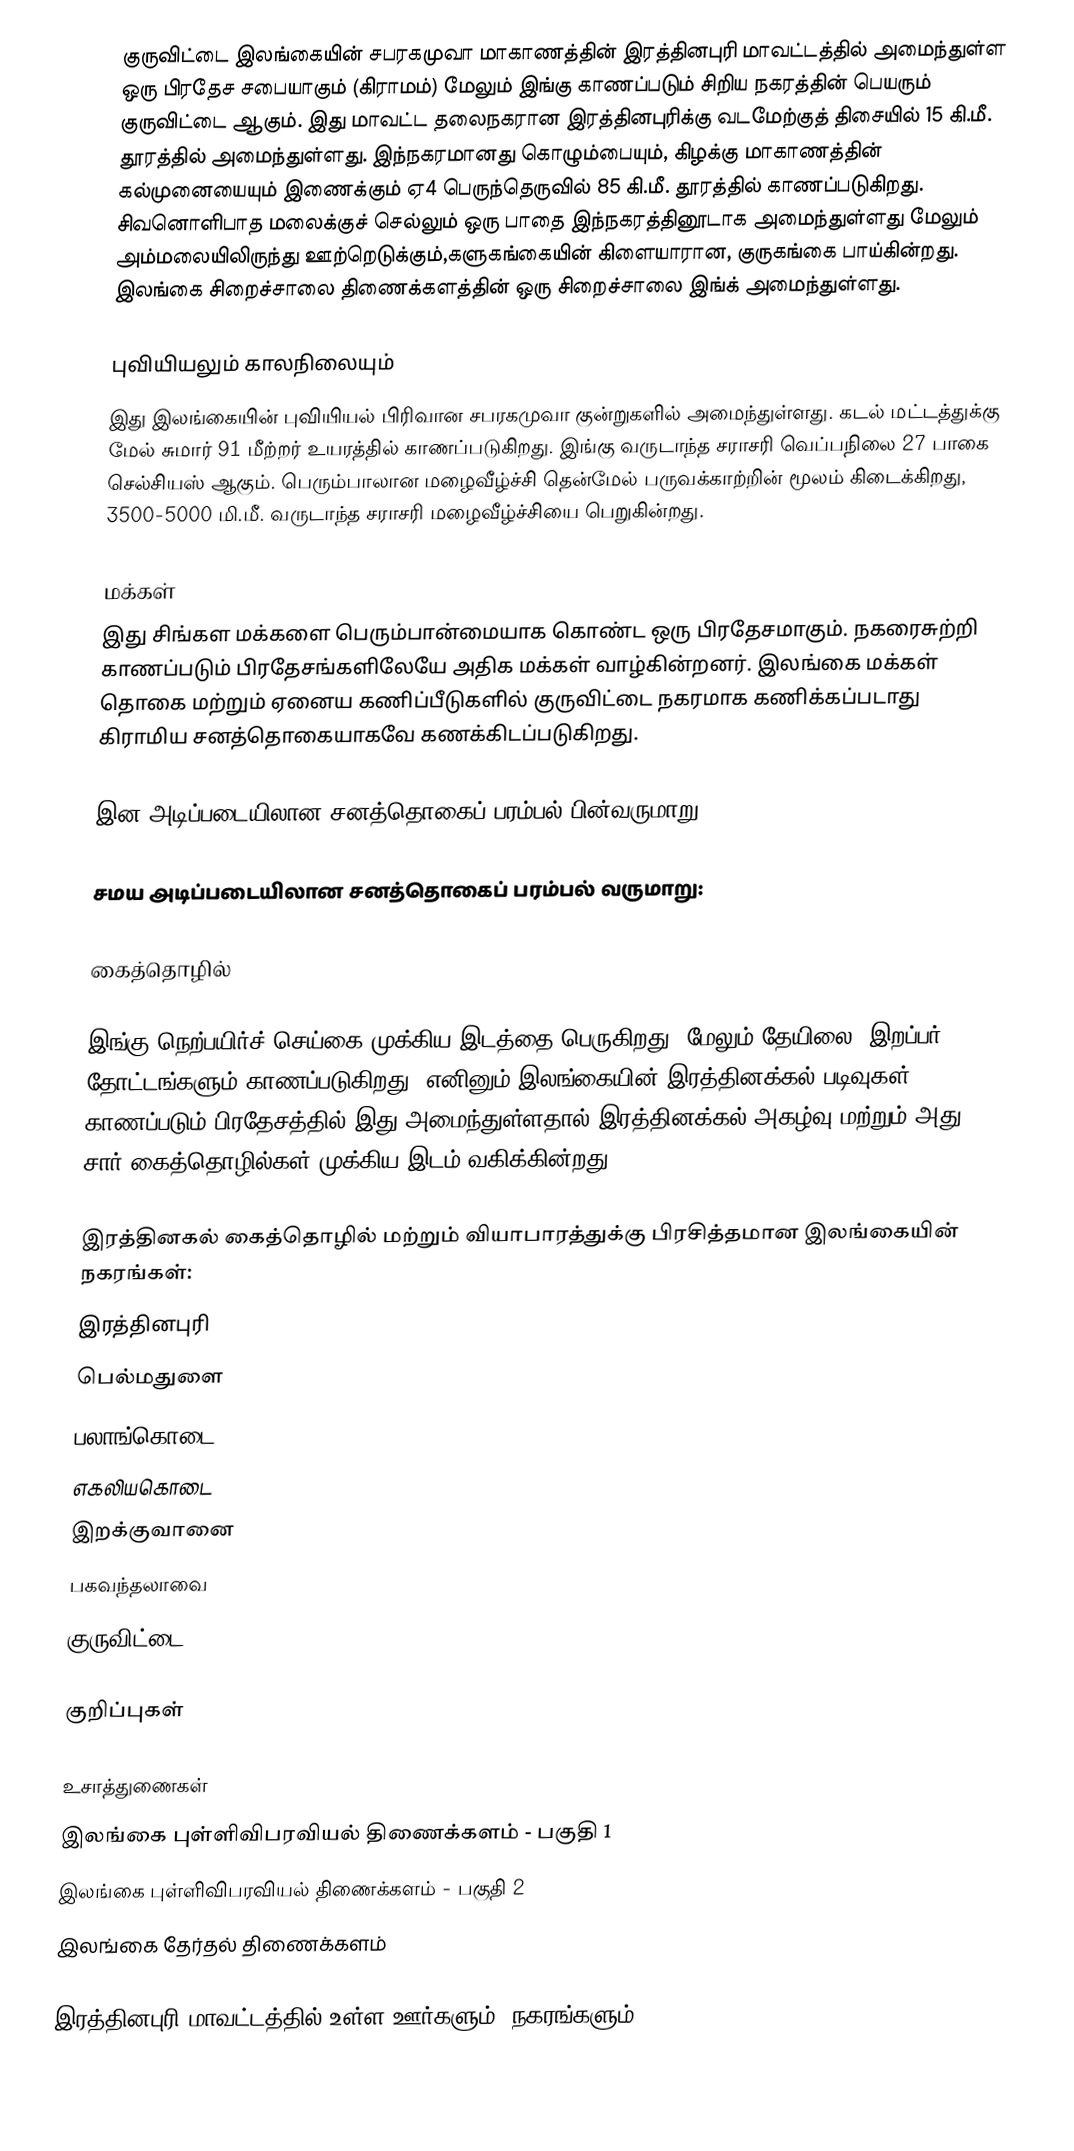
குருவிட்டை இலங்கையின் சபரகமுவா மாகாணத்தின் இரத்தினபுரி மாவட்டத்தில் அமைந்துள்ள ஒரு பிரதேச சபையாகும் (கிராமம்) மேலும் இங்கு காணப்படும் சிறிய நகரத்தின் பெயரும் குருவிட்டை ஆகும். இது மாவட்ட தலைநகரான இரத்தினபுரிக்கு வடமேற்குத் திசையில் 15 கி.மீ. தூரத்தில் அமைந்துள்ளது. இந்நகரமானது கொழும்பையும், கிழக்கு மாகாணத்தின் கல்முனையையும் இணைக்கும் ஏ4 பெருந்தெருவில் 85 கி.மீ. தூரத்தில் காணப்படுகிறது. சிவனொளிபாத மலைக்குச் செல்லும் ஒரு பாதை இந்நகரத்தினூடாக அமைந்துள்ளது மேலும் அம்மலையிலிருந்து ஊற்றெடுக்கும்,களுகங்கையின் கிளையாரான, குருகங்கை பாய்கின்றது. இலங்கை சிறைச்சாலை திணைக்களத்தின் ஒரு சிறைச்சாலை இங்க் அமைந்துள்ளது.

புவியியலும் காலநிலையும்
இது இலங்கையின் புவியியல் பிரிவான சபரகமுவா குன்றுகளில் அமைந்துள்ளது. கடல் மட்டத்துக்கு மேல் சுமார் 91 மீற்றர்  உயரத்தில் காணப்படுகிறது. இங்கு வருடாந்த சராசரி வெப்பநிலை 27 பாகை செல்சியஸ் ஆகும். பெரும்பாலான மழைவீழ்ச்சி தென்மேல் பருவக்காற்றின் மூலம் கிடைக்கிறது, 3500-5000 மி.மீ. வருடாந்த சராசரி மழைவீழ்ச்சியை பெறுகின்றது.

மக்கள்
இது சிங்கள மக்களை பெரும்பான்மையாக கொண்ட ஒரு பிரதேசமாகும். நகரைசுற்றி காணப்படும் பிரதேசங்களிலேயே அதிக மக்கள் வாழ்கின்றனர். இலங்கை மக்கள் தொகை மற்றும் ஏனைய கணிப்பீடுகளில் குருவிட்டை நகரமாக கணிக்கப்படாது கிராமிய சனத்தொகையாகவே கணக்கிடப்படுகிறது.

இன அடிப்படையிலான சனத்தொகைப் பரம்பல் பின்வருமாறு:

சமய அடிப்படையிலான சனத்தொகைப் பரம்பல் வருமாறு:

கைத்தொழில்

இங்கு நெற்பயிர்ச் செய்கை முக்கிய இடத்தை பெருகிறது. மேலும் தேயிலை, இறப்பர், தோட்டங்களும் காணப்படுகிறது. எனினும் இலங்கையின் இரத்தினக்கல் படிவுகள் காணப்படும் பிரதேசத்தில் இது அமைந்துள்ளதால் இரத்தினக்கல் அகழ்வு மற்றும் அது சார் கைத்தொழில்கள் முக்கிய இடம் வகிக்கின்றது.

இரத்தினகல் கைத்தொழில் மற்றும் வியாபாரத்துக்கு பிரசித்தமான இலங்கையின் நகரங்கள்:
இரத்தினபுரி
பெல்மதுளை
பலாங்கொடை
எகலியகொடை
இறக்குவானை
பகவந்தலாவை
குருவிட்டை

குறிப்புகள்

உசாத்துணைகள்
 இலங்கை புள்ளிவிபரவியல் திணைக்களம் - பகுதி 1
 இலங்கை புள்ளிவிபரவியல் திணைக்களம் - பகுதி 2
இலங்கை தேர்தல் திணைக்களம்

இரத்தினபுரி மாவட்டத்தில் உள்ள ஊர்களும், நகரங்களும்